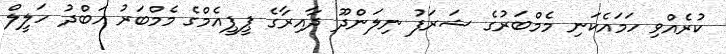
ކުރެއްވި ހަމައެކަނި މެމްބަރުގެ ޝަރަފު ނިލަންދޫ ދާއިރާގެ ޕީޕީއެމްގެ މެމްބަރު އަބްދު ހަލީލް